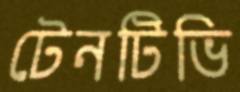
টেনটিভি